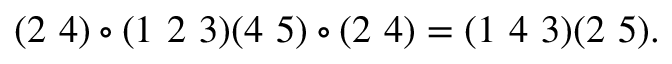
( 2 ~ 4 ) \circ ( 1 ~ 2 ~ 3 ) ( 4 ~ 5 ) \circ ( 2 ~ 4 ) = ( 1 ~ 4 ~ 3 ) ( 2 ~ 5 ) .